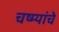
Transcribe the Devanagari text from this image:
चष्म्यांचे